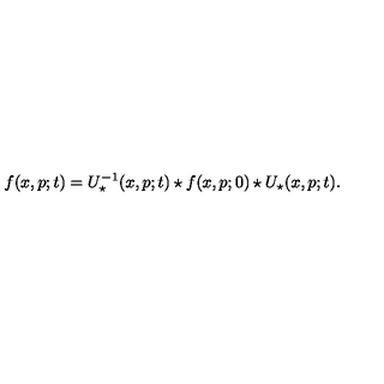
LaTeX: f ( x , p ; t ) = U _ { \star } ^ { - 1 } ( x , p ; t ) \star f ( x , p ; 0 ) \star U _ { \star } ( x , p ; t ) .